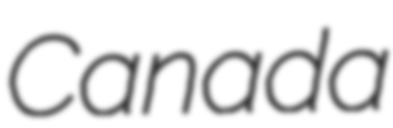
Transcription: Canada